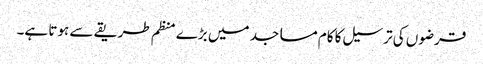
قرضوں کی ترسیل کا کام مساجد میں بڑے منظم طریقے سے ہوتا ہے۔